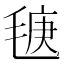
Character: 𣮣